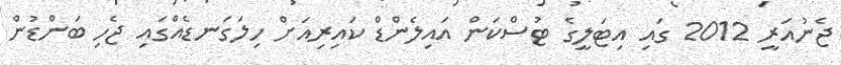
ޖެނުއަރީ 2012 ގައި އިޓަލީގެ ޓުސްކަން އައިލެންޑް ކައިރިއަށް ހިލަގަނޑެއްގައި ޖެހި ބަންޑުން